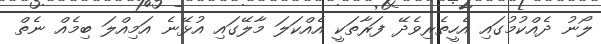
ލޯނު ދެއްކުމުގައި އެހީތެރިވެދޭ ފަރާތަކީ އެއްކަލަ މާލޭގައި އުޅޭނެ އަމިއްލަ ބިމެއް ނެތް